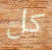
كل